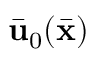
\bar { \bf u } _ { 0 } ( \bar { \bf x } )